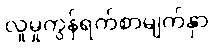
လူမှုကွန်ရက်စာမျက်နှာ